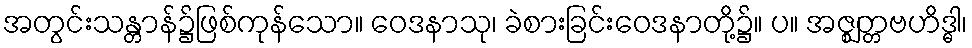
အတွင်းသန္တာန်၌ဖြစ်ကုန်သော။ ဝေဒနာသု၊ ခဲစားခြင်းဝေဒနာတို့၌။ ပ။ အဇ္ဈတ္တဗဟိဒ္ဓါ၊